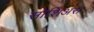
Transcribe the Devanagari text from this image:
सोशिअस